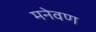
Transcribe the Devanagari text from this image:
मनेवण